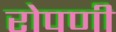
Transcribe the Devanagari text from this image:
रोपणी